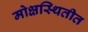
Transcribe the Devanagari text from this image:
मोक्षस्थितीत